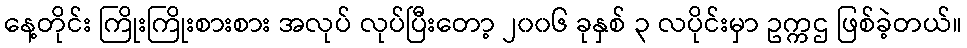
နေ့တိုင်း ကြိုးကြိုးစားစား အလုပ် လုပ်ပြီးတော့ ၂၀၀၆ ခုနှစ် ၃ လပိုင်းမှာ ဥက္ကဌ ဖြစ်ခဲ့တယ်။